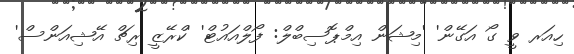
ހިއަރ ވީ ގޯ އަގޭން' 'މިޝަން އިމްޕޮސިބްލް: ފޯލްއައުޓް' 'ކްރޭޒީ ރިޗް އޭޝިއަންސް'